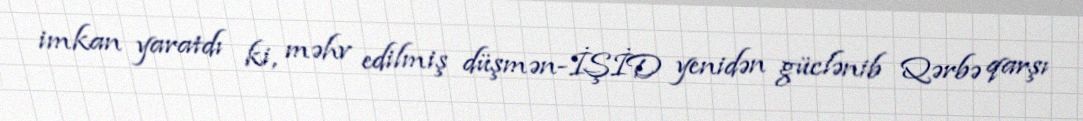
imkan yaratdı ki, məhv edilmiş düşmən-İŞİD yenidən güclənib Qərbə qarşı